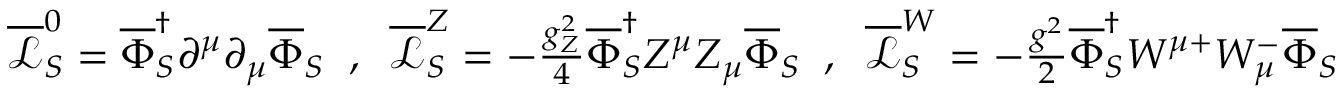
\begin{array} { r } { \overline { { \mathcal { L } } } _ { S } ^ { 0 } = \overline { { \Phi } } _ { S } ^ { \dag } \partial ^ { \mu } \partial _ { \mu } \overline { { \Phi } } _ { S } \; \; , \; \; \overline { { \mathcal { L } } } _ { S } ^ { Z } = - \frac { g _ { Z } ^ { 2 } } { 4 } \overline { { \Phi } } _ { S } ^ { \dag } Z ^ { \mu } Z _ { \mu } \overline { { \Phi } } _ { S } \; \; , \; \; \overline { { \mathcal { L } } } _ { S } ^ { W } = - \frac { g ^ { 2 } } { 2 } \overline { { \Phi } } _ { S } ^ { \dag } W ^ { \mu + } W _ { \mu } ^ { - } \overline { { \Phi } } _ { S } } \end{array}